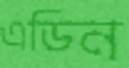
এডিন